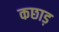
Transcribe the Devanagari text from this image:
कछाड़